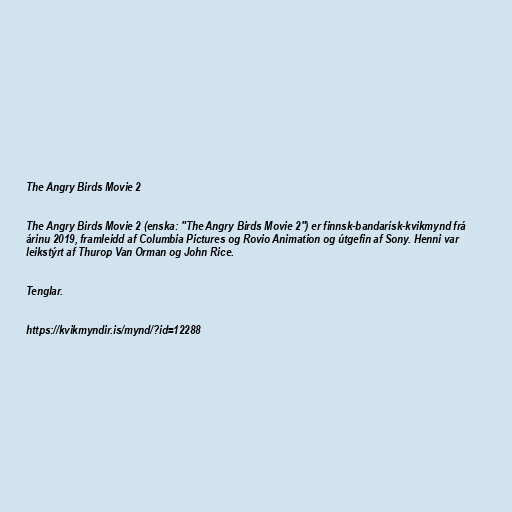
The Angry Birds Movie 2

The Angry Birds Movie 2 (enska: "The Angry Birds Movie 2") er finnsk-bandarísk-kvikmynd frá
árinu 2019, framleidd af Columbia Pictures og Rovio Animation og útgefin af Sony. Henni var
leikstýrt af Thurop Van Orman og John Rice.

Tenglar.

https://kvikmyndir.is/mynd/?id=12288